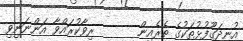
އުނދަގޫފުޅުތަކުގެ ތެރެއިން       ރިވާކުރައްވާ އަންނަނިވި